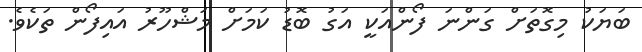
ބަޔަކު މިގޮތަށް ގަންނަ ފޯންއަކީ އަގު ބޮޑު ކަމަށް މަޝްހޫރު އައިފޯން ތަކެވެ.